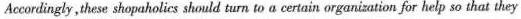
Accordingly,these shopaholics slould turn to a certain organizotion for help so that they